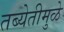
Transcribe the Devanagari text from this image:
तब्येतीमुळे